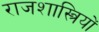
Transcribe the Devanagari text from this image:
राजशास्त्रियों